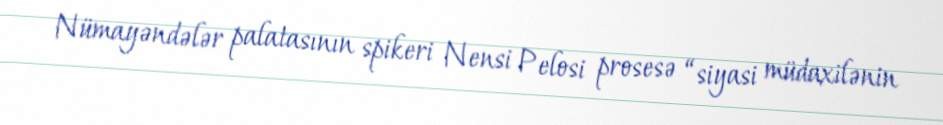
Nümayəndələr palatasının spikeri Nensi Pelosi prosesə “siyasi müdaxilənin